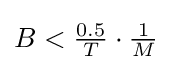
B<{\tfrac {0.5}{T}}\cdot {\tfrac {1}{M}}